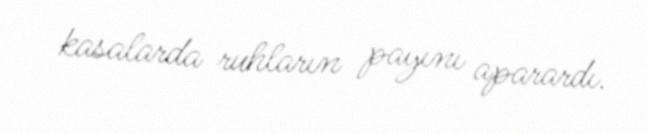
kasalarda ruhların payını aparardı.